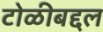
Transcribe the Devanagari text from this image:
टोळीबद्दल